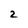
Character: 2